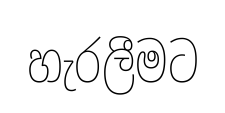
හැරලීමට